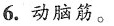
6.动脑筋。